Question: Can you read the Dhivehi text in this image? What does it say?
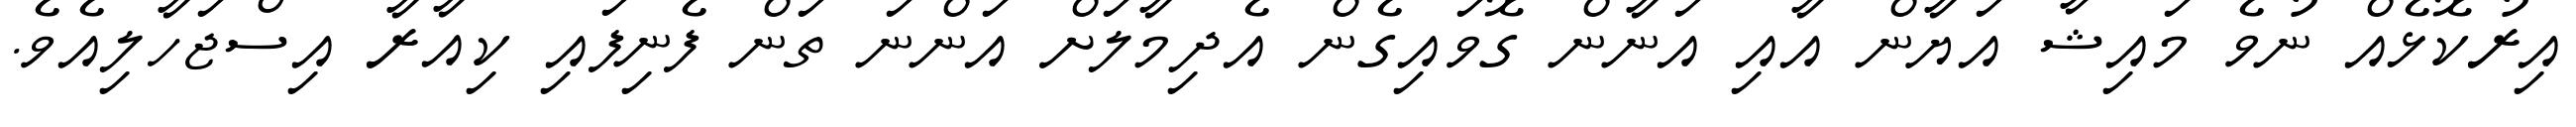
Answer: އިރުކޮޅެއް ނުވެ މައިޝާ އަޔާން އާއި އަނާން ގޮވައިގެން އެދިމާލަށް އަންނަ ތަން ފެނިފައި ކިއާރާ އިސްޖަހާލިއެވެ.